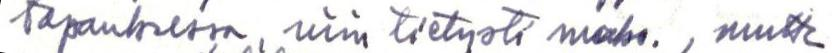
tapauksessa, niin tietysti maks. , mutta